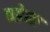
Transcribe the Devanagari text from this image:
घडेना